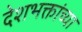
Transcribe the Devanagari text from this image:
देशभक्तांच्या